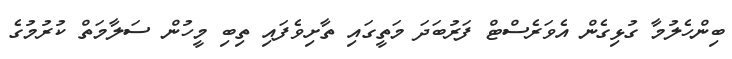
ބިންހެލުމާ ގުޅިގެން އެވަރެސްޓް ފަރުބަދަ މަތީގައި ތާށިވެފައި ތިބި މީހުން ސަލާމަތް ކުރުމުގެ